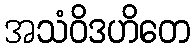
အသံဝိဒဟိတေ